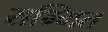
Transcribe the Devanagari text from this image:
सम्मित